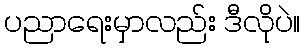
ပညာရေးမှာလည်း ဒီလိုပဲ။